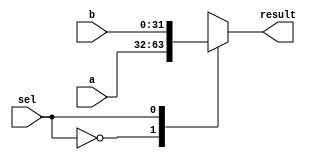
`timescale 1ns / 1ps
//////////////////////////////////////////////////////////////////////////////////
// Company: 
// Engineer: 
// 
// Design Name: 
// Module Name: selector2
// Project Name: 
// Target Devices: 
// Tool Versions: 
// Description: 
// 
// Dependencies: 
// 
// Revision:
// Revision 0.01 - File Created
// Additional Comments:
// 
//////////////////////////////////////////////////////////////////////////////////


module selector2(
    input [31:0] a,
    input [31:0] b,
    input sel,
    output reg [31:0] result
    );
    
    always @(*)
    begin
        case(sel)
        1'b0:
        begin
            result <= a;
        end
        1'b1:
        begin
            result <= b;
        end
        endcase
    end
endmodule